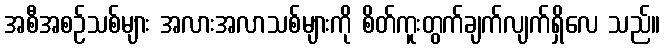
အစီအစဉ်သစ်များ အလားအလာသစ်များကို စိတ်ကူးတွက်ချက်လျက်ရှိလေ သည်။